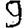
Digit: 9